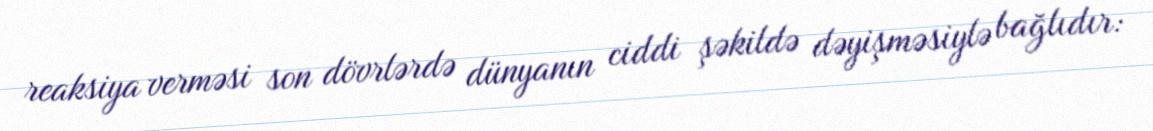
reaksiya verməsi son dövrlərdə dünyanın ciddi şəkildə dəyişməsiylə bağlıdır: